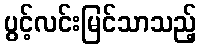
ပွင့်လင်းမြင်သာသည့်